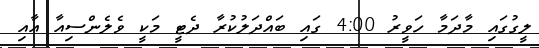
ލީގުގައި މާދަމާ ހަވީރު 4:00 ގައި ބައްދަލުކުރާ ދެޓީ މަކީ ވެލެންސިއާ އާއި